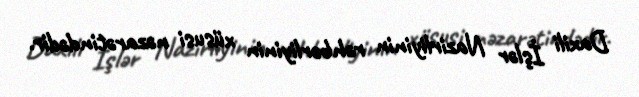
Daxili İşlər Nazirliyinin rəhbərliyinin xüsusi nəzarətindədir.